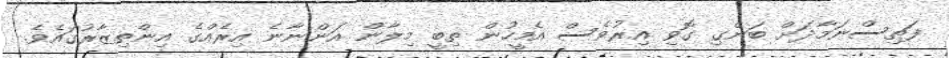
ފަތިސްނަމާދަށް ބަންގި ގޮވި އިރުވެސް އެމީހުން ތިބީ މިލާން އަންނާނެ އިރެއްގެ އިންތިޒާރުގައެވެ.